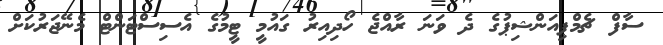
ސާފް ޗެމްޕިއަންޝިޕުގެ ދެ ވަނަ ރާއްޖެ ހޯދިއިރު ގައުމީ ޓީމުގެ އެސިސްޓަންޓް މެނޭޖަރުކަށް